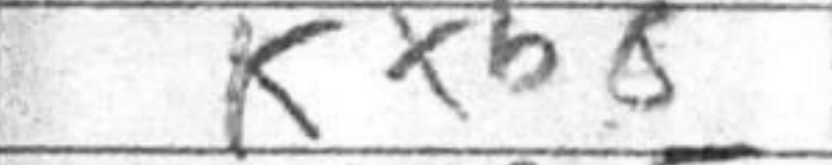
Transcription: Kxb8